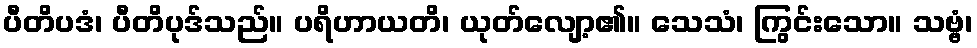
ပီတိပဒံ၊ ပီတိပုဒ်သည်။ ပရိဟာယတိ၊ ယုတ်လျော့၏။ သေသံ၊ ကြွင်းသော။ သဗ္ဗံ၊